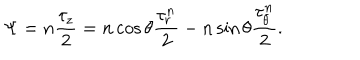
LaTeX: \Psi = n \frac { \tau _ { z } } { 2 } = n \cos \theta \frac { \tau _ { r } ^ { n } } { 2 } - n \sin \theta \frac { \tau _ { \theta } ^ { n } } { 2 } .